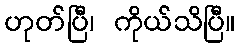
ဟုတ်ပြီ၊ ကိုယ်သိပြီ။